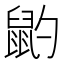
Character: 䶂